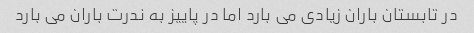
در تابستان باران زیادی می بارد اما در پاییز به ندرت باران می بارد